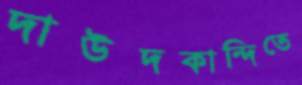
দাউদকান্দিতে